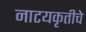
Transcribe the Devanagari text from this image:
नाटयकृतीचे